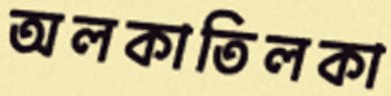
অলকাতিলকা